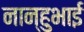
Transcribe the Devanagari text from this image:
नान्हुभाई